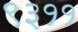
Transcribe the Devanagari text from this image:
९३११